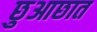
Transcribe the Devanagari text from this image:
छुआछात